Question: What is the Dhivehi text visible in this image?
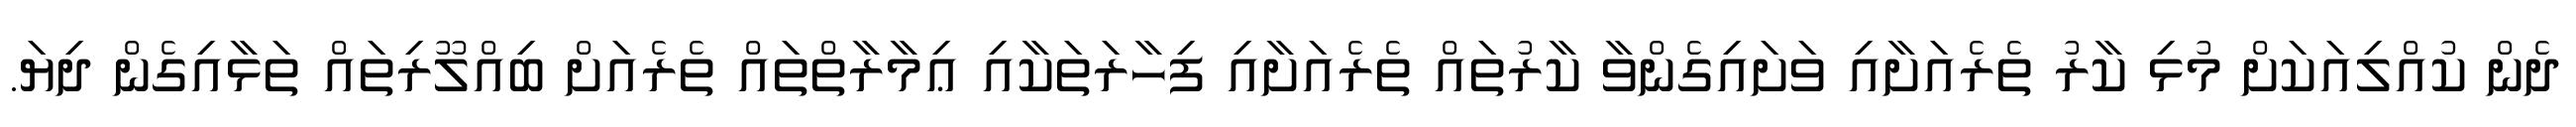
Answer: ދެން ކުއްލިއަކަށް މުޅި ކާރު ތެރެއަށާއި ވަށައިގެންވާ ކާރުތައް ތެރެއަށާއި ފިހާރަތަކާއި ޢިމާރާތްތައް ތެރެއަށް ބިއްލޫރިތައް ތަޅާއިގެން ދިޔަ.